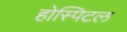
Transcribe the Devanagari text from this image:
होस्पिटल